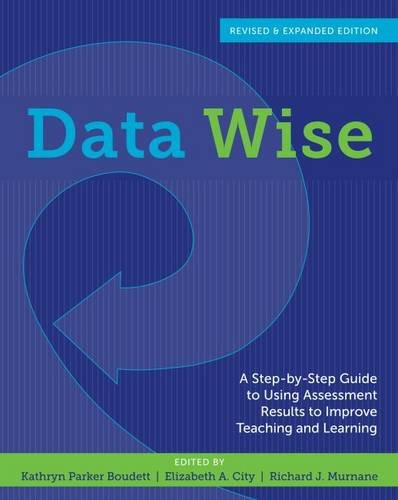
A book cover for Data Wise, Revised and Expanded Edition: A Step-by-Step Guide to Using Assessment Results to Improve Teaching and Learning; Education & Teaching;